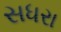
સધરા